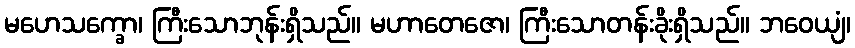
မဟေသက္ခော၊ ကြီးသောဘုန်းရှိသည်။ မဟာတေဇော၊ ကြီးသောတန်းခိုးရှိသည်။ ဘဝေယျံ၊